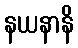
နယနာနိ